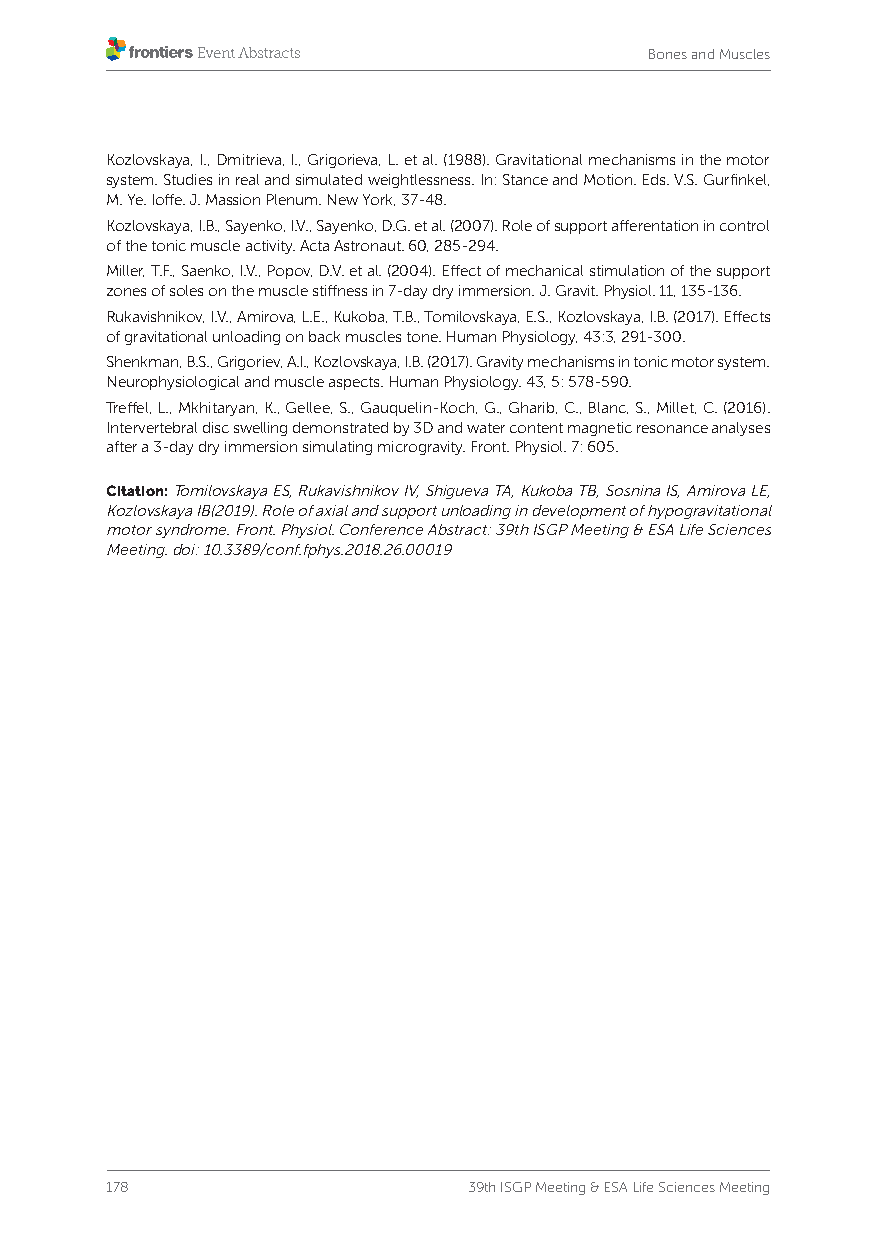
Bones and Muscles
 Kozlovskaya, I., Dmitrieva, I., Grigorieva, L. et al. (1988). Gravitational mechanisms in the motor
 system. Studies in real and simulated weightlessness. In: Stance and Motion. Eds. V.S. Gurfinkel,
 M. Ye. Ioffe. J. Massion Plenum. New York, 37-48.
 Kozlovskaya, I.B., Sayenko, I.V., Sayenko, D.G. et al. (2007). Role of support afferentation in control
 of the tonic muscle activity. Acta Astronaut. 60, 285-294.
 Miller, T.F., Saenko, I.V., Popov, D.V. et al. (2004). Effect of mechanical stimulation of the support
 zones of soles on the muscle stiffness in 7-day dry immersion. J. Gravit. Physiol. 11, 135-136.
 Rukavishnikov, I.V., Amirova, L.E., Kukoba, T.B., Tomilovskaya, E.S., Kozlovskaya, I.B. (2017). Effects
 of gravitational unloading on back muscles tone. Human Physiology, 43:3, 291-300.
 Shenkman, B.S., Grigoriev, A.I., Kozlovskaya, I.B. (2017). Gravity mechanisms in tonic motor system.
 Neurophysiological and muscle aspects. Human Physiology. 43, 5: 578-590.
 Treffel, L., Mkhitaryan, K., Gellee, S., Gauquelin-Koch, G., Gharib, C., Blanc, S., Millet, C. (2016).
 Intervertebral disc swelling demonstrated by 3D and water content magnetic resonance analyses
 after a 3-day dry immersion simulating microgravity. Front. Physiol. 7: 605.
 Citation: Tomilovskaya ES, Rukavishnikov IV, Shigueva TA, Kukoba TB, Sosnina IS, Amirova LE,
 Kozlovskaya IB(2019). Role of axial and support unloading in development of hypogravitational
 motor syndrome. Front. Physiol. Conference Abstract: 39th ISGP Meeting & ESA Life Sciences
 Meeting. doi: 10.3389/conf.fphys.2018.26.00019
 178                     39th ISGP Meeting & ESA Life Sciences Meeting